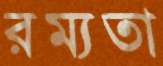
রম্যতা